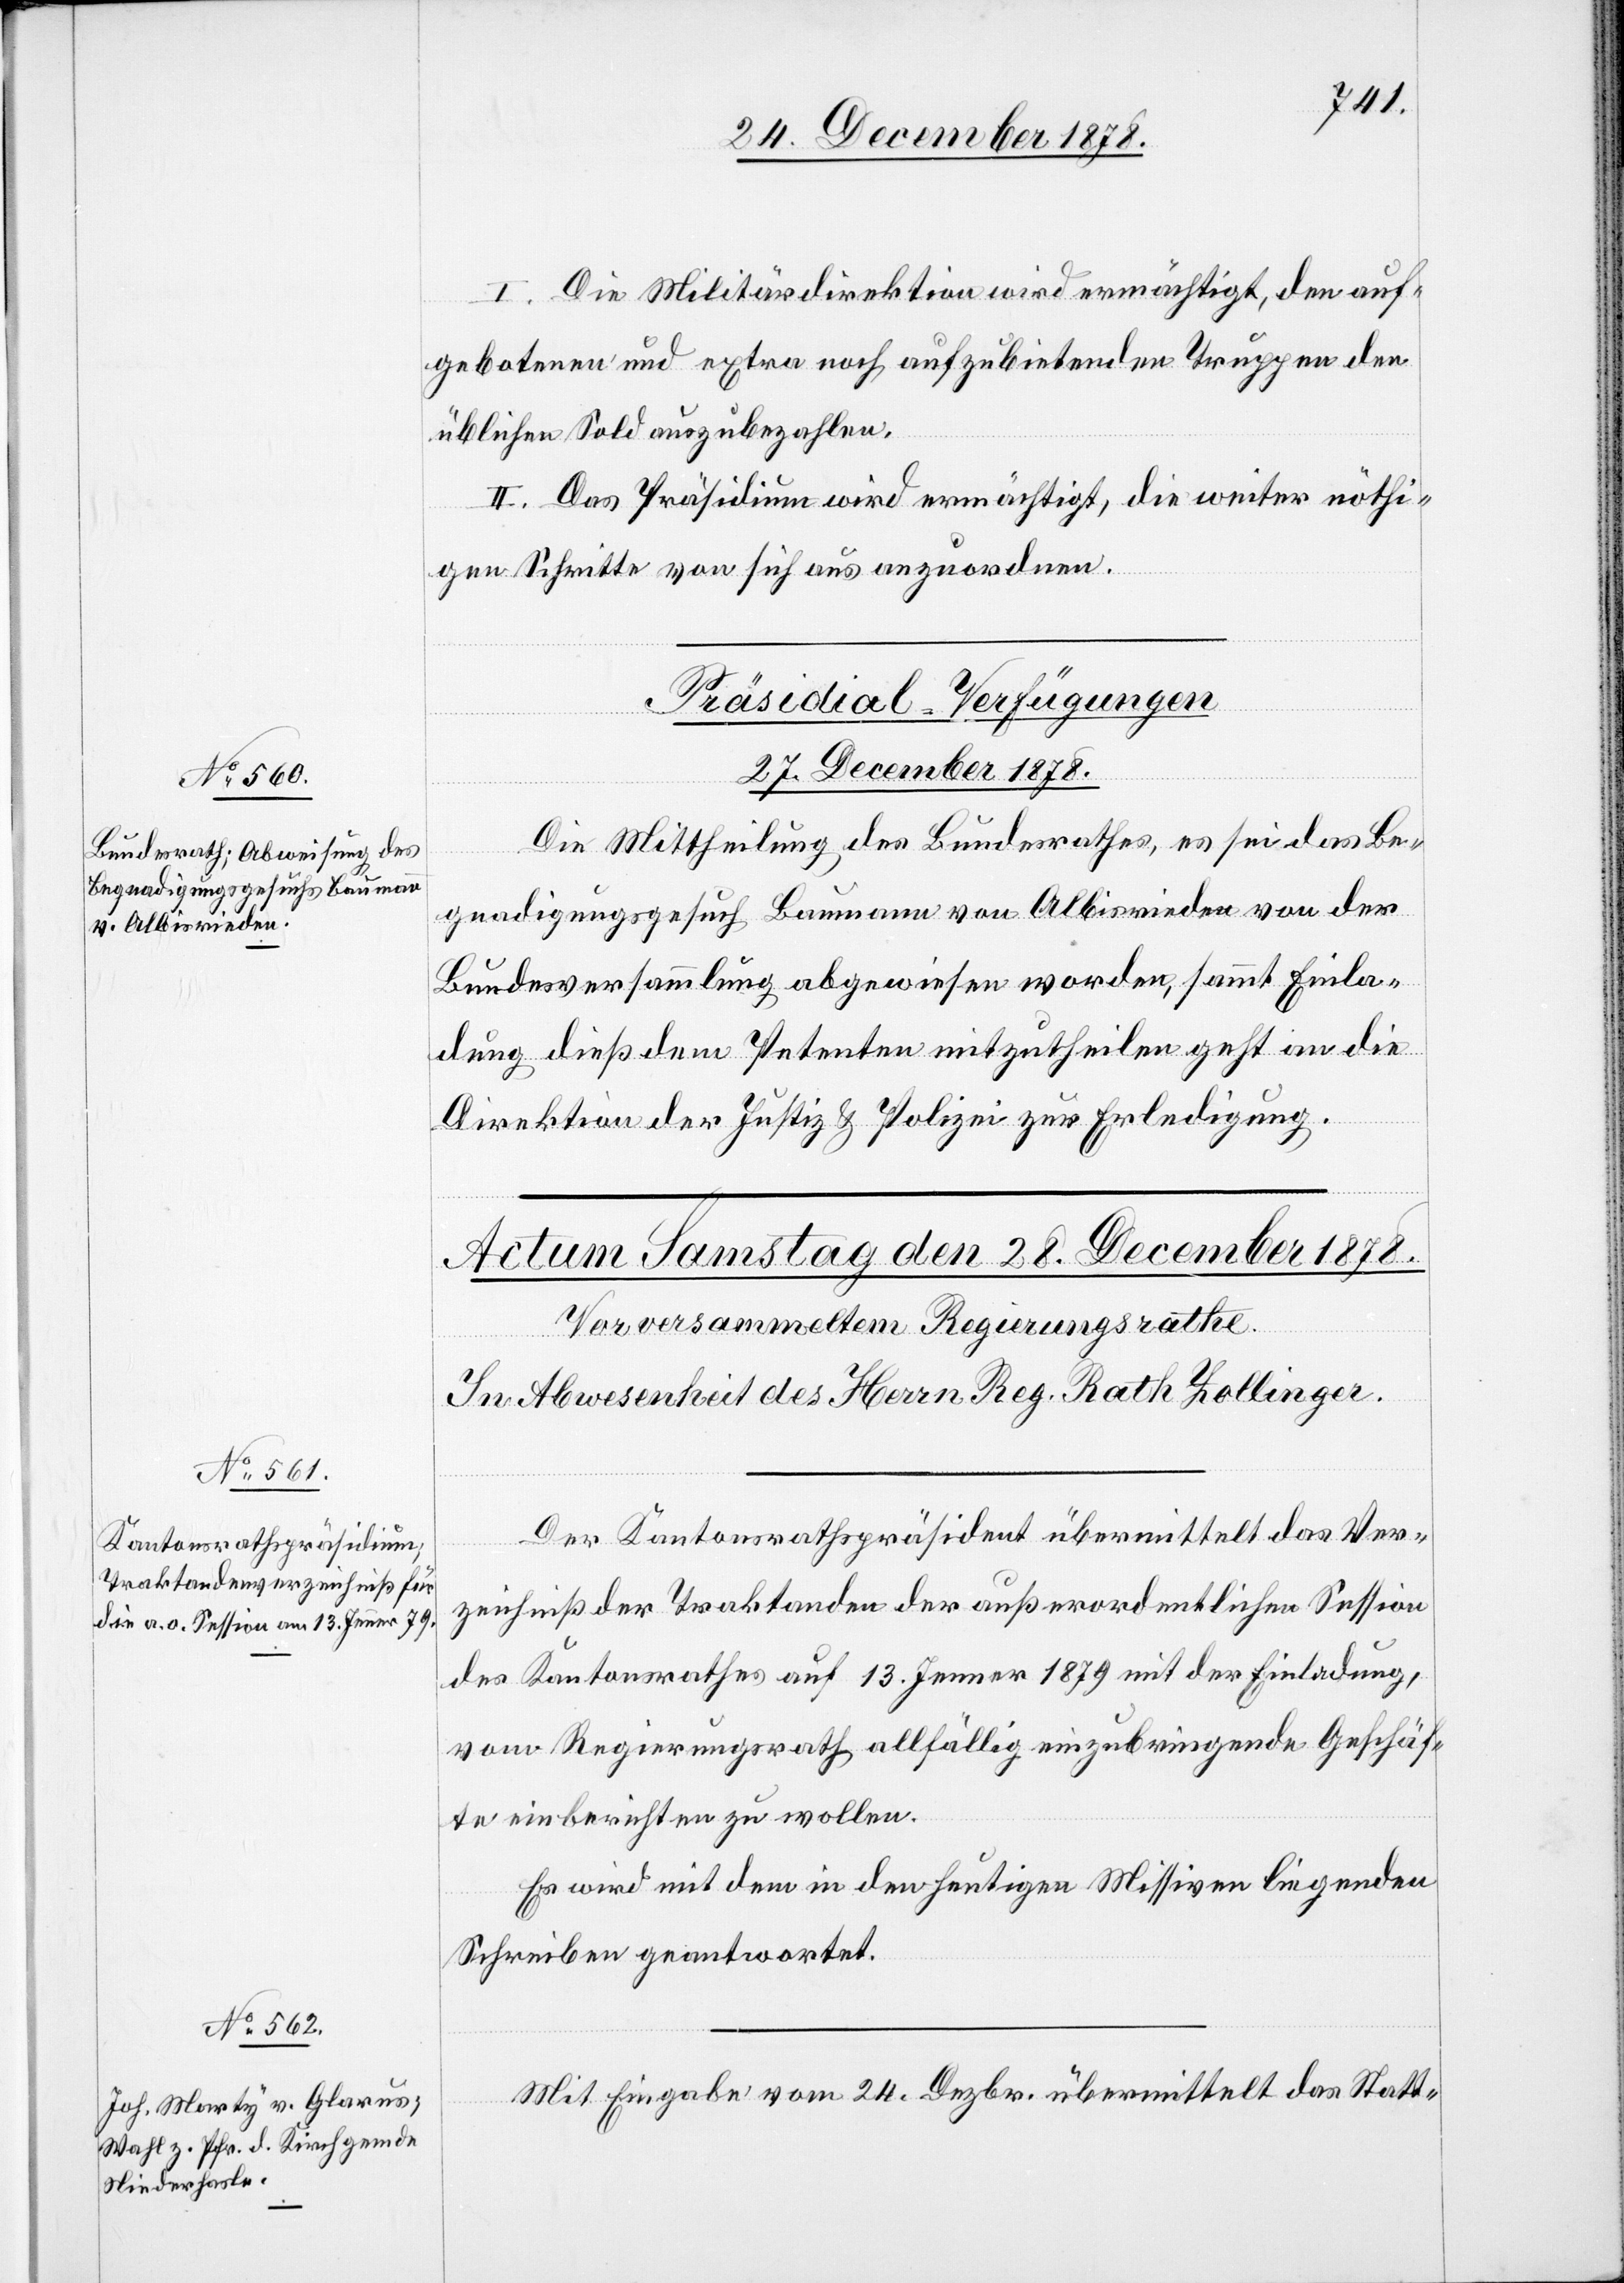
I. Die Militärdirektion wird ermächtigt, den auf¬
gebotenen und extra noch aufzubietenden Truppen den
üblichen Sold auszubezahlen.
II. Das Präsidium wird ermächtigt, die weiter nöthi¬
gen Schritte von sich aus anzuordnen.
Präsidial-Verfügungen
27. December 1878.
Die Mittheilung des Bundesrathes, es sei das Be¬
gnadigungsgesuch Baumann von Albisrieden von der
Bundesversammlung abgewiesen worden, sammt Einla¬
dung dieß dem Petenten mitzutheilen geht an die
Direktion der Justiz & Polizei zur Erledigung.
Der Kantonsrathspräsident übermittelt das Ver¬
zeichniß der Traktanden der außerordentlichen Session
des Kantonsrathes auf 13. Jenner 1879 mit der Einladung,
vom Regierungsrath allfällig einzubringende Geschäf¬
te einberichten zu wollen.
Es wird mit dem in den heutigen Missiven liegenden
Schreiben geantwortet.
Mit Eingabe vom 24. Dezbr. übermittelt das Statt-